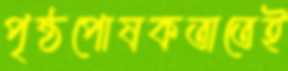
পৃষ্ঠপোষকতাতেই